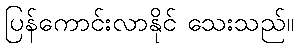
ပြန်ကောင်းလာနိုင် သေးသည်။